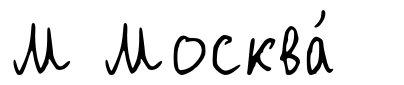
М Москва́